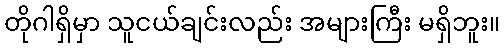
တိုဂါရှိမှာ သူငယ်ချင်းလည်း အများကြီး မရှိဘူး။